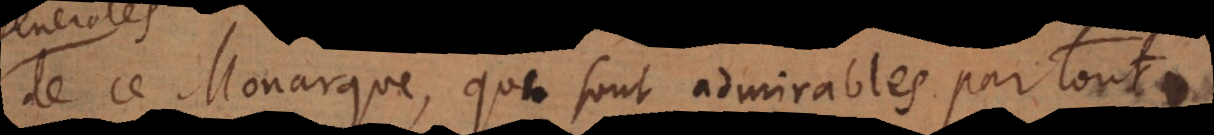
de ce Monarque qui sont admirables par tout,